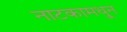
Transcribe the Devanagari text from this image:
नाटकामधु्न